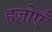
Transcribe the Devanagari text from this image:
हजोएँ